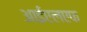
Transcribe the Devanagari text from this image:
आईएलएफ